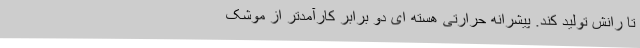
تا رانش تولید کند. پیشرانه حرارتی هسته ای دو برابر کارآمدتر از موشک